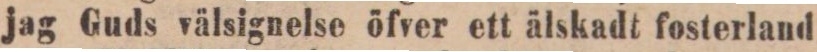
jag Guds välsignelse öfver ett älskadt fosterland